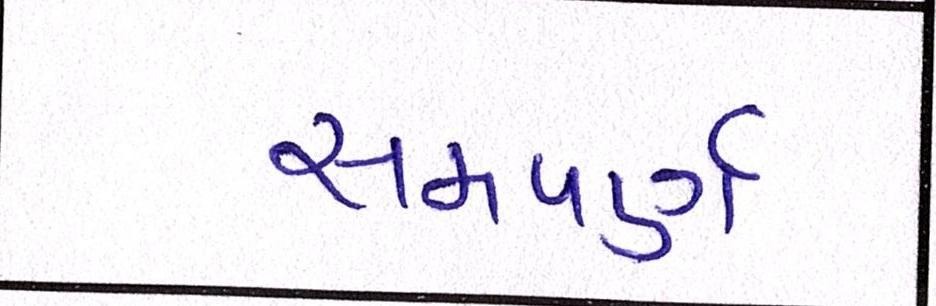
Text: સમપર્ણ